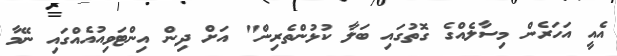
އެއީ އަހަރެން މިސާލެއްގެ ގޮތުގައި ބަލާ ކުޅުންތެރިން" އަށް ދިން އިންޓަވިއުއެއްގައި ނޭމާ